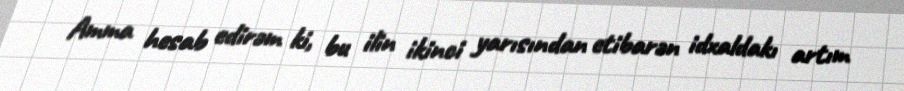
Amma hesab edirəm ki, bu ilin ikinci yarısından etibarən idxaldakı artım